Report of the Bombay Plague Committee
Disease focus: Plague
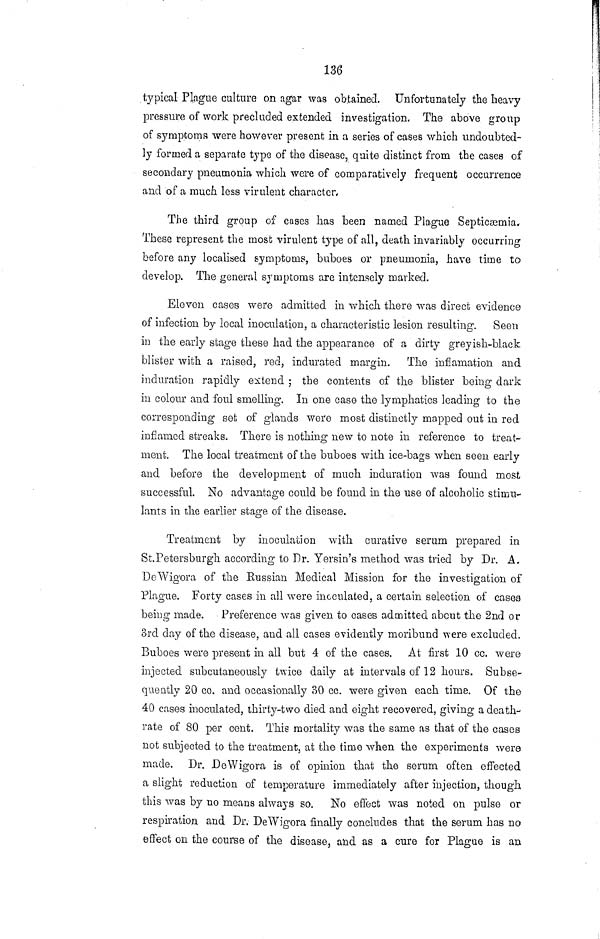
136
typical Plague culture on agar was obtained. Unfortunately the heavy
pressure of work precluded extended investigation. The above group
of symptoms were however present in a series of cases which undoubted-
ly formed a separate type of the disease, quite distinct from the cases of
secondary pneumonia which were of comparatively frequent occurrence
and of a much less virulent character.
The third group of cases has been named Plague Septicæmia.
These represent the most virulent type of all, death invariably occurring
before any localised symptoms, buboes or pneumonia, have time to
develop. The general symptoms are intensely marked.
Eleven cases were admitted in which there was direct evidence
of infection by local inoculation, a characteristic lesion resulting.
Seen
in the early stage these had the appearance of a dirty greyish-black
blister with a raised, red, indurated margin. The inflamation and
induration rapidly extend ; the contents of the blister being dark
in colour and foul smelling. In one case the lymphatics leading to the
corresponding set of glands were most distinctly mapped out in red
inflamed streaks. There is nothing new to note in reference to treat-
ment. The local treatment of the buboes with ice-bags when seen early
and before the development of much induration was found most
successful. No advantage could be found in the use of alcoholic stimu-
lants iu the earlier stage of the disease.
Treatment by inoculation with curative serum prepared in
St.Petersburgh according to Dr. Yersin's method was tried by Dr. A.
DeWigora of the Russian Medical Mission for the investigation of
Plague. Forty cases iu all were inoculated, a certain selection of cases
being made. Preference was given to cases admitted about the 2nd or
3rd day of the disease, and all cases evidently moribund were excluded.
Buboes were present in all but 4 of the cases. At first 10 cc. were
injected subcutaneously twice daily at intervals of 12 hours. Subse-
quently 20 co. and occasionally 30 cc. were given each time. Of the
40 cases inoculated, thirty-two died and eight recovered, giving a death-
rate of 80 per cent. This mortality was the same as that of the cases
not subjected to the treatment, at the time when the experiments were
made. Dr. DeWigora is of opinion that the serum often effected
a slight reduction of temperature immediately after injection, though,
this was by no means always so. No effect was noted on pulse or
respiration and Dr, DeWigora finally concludes that the serum has no
effect on the course of the disease, and as a cure for Plague is an